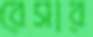
রেসার